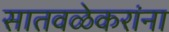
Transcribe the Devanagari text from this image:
सातवळेकरांना